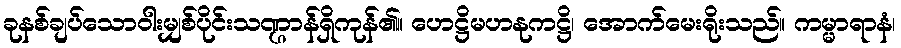
ခုနစ်ချပ်သောဝါးမျှစ်ပိုင်းသဏ္ဌာန်ရှိကုန်၏။ ဟေဋ္ဌိမဟနုကဋ္ဌိ၊ အောက်မေးရိုးသည်။ ကမ္မာရာနံ၊